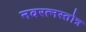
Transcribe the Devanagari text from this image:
नवरत्नस्तोत्र